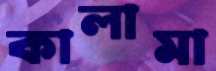
কালামা